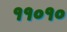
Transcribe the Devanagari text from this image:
११०१०